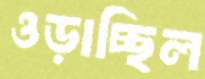
ওড়াচ্ছিল